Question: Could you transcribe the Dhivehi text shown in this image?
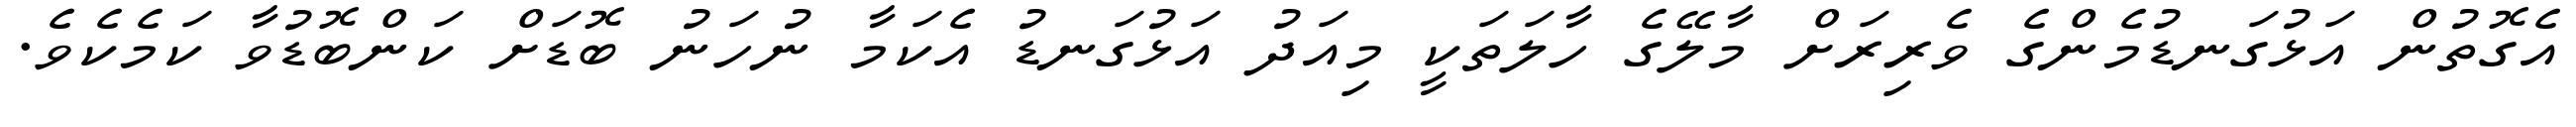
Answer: އެގޮތުން އަޅުގަނޑުމެންގެ ވެރިރަށް މާލޭގެ ހާލަތަކީ މިއަދު އަޅުގަނޑު އެކަމާ ނުހަނު ބޮޑަށް ކަންބޮޑުވާ ކަމެކެވެ.